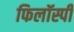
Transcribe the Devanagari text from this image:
फिलॉस्पी